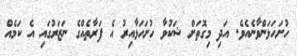
ހުށަހަޅަންވާނެއެވެ. އަދި މިގޮތަށް ޝަކުވާ ހުށަހަޅާއިރު އެ ފަރާތެއްގެ ނަޒަރުގައި އެ ކަމެއް